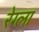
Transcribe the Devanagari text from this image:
रेग्ला